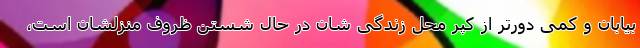
بیابان و کمی دورتر از کپر محل زندگی شان در حال شستن ظروف منزلشان است،